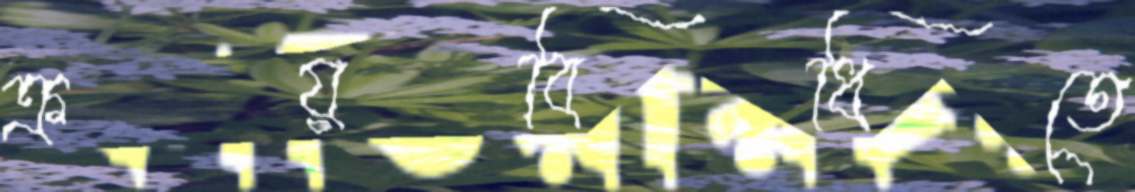
ক্রয়বিধিতে